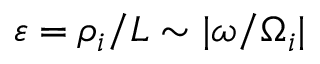
\varepsilon = \rho _ { i } / L \sim | \omega / \Omega _ { i } |